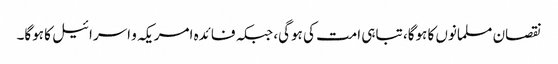
نقصان مسلمانوں کا ہوگا، تباہی امت کی ہوگی، جبکہ فائدہ امریکہ و اسرائیل کا ہوگا۔